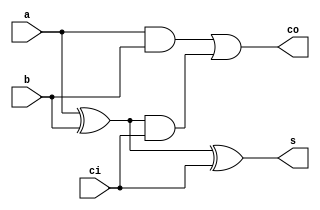
//Soma e Subtracao selecionavel
//Wadson Ferreira
//460631 

module S1(output s, output co, input ci,input a, input b);
	wire xora,anda,andb;
	xor X1(xora,a,b);
	and A1(anda,a,b);
	xor X2(s,xora,ci);
	and A2(andb,xora,ci);
	or  O1(co,anda,andb);
endmodule

module SomaSub(output[2:0] s, output co, input ci, input[2:0] a, input[2:0] b);
	wire co0,co1;
	wire xora, xorb, xorc;
	xor X1(xora,ci,b[0]);
	xor X2(xorb,ci,b[1]);
	xor X3(xorc,ci,b[2]);
	S1 SA(s[0],co0,ci,a[0],xora);
	S1 SB(s[1],co1,co0,a[1],xorb);
	S1 SC(s[2],co,co1,a[2],xorc);
endmodule

module teste;
	wire[2:0] saida;
	reg[2:0] entradaA, entradaB;
	reg operacao;//carry in do primeiro
	SomaSub SS(saida,co,operacao,entradaA,entradaB);
	initial begin
		$display("0=Soma 1=Subtracao");
		#1 entradaA=3'b000; entradaB=3'b000; operacao=1'b0;
		#1 $monitor("A=%3b B=%3b C=%b S=%3b",entradaA,entradaB,operacao,saida);
		#1 entradaA=3'b000; entradaB=3'b010; operacao=1'b0;
		#1 entradaA=3'b011; entradaB=3'b001; operacao=1'b0;
		#1 entradaA=3'b111; entradaB=3'b001; operacao=1'b0;
		#1 entradaA=3'b111; entradaB=3'b111; operacao=1'b0;
		#1 entradaA=3'b000; entradaB=3'b001; operacao=1'b1;
		#1 entradaA=3'b111; entradaB=3'b001; operacao=1'b1;
		#1 entradaA=3'b111; entradaB=3'b111; operacao=1'b1;
		#1 entradaA=3'b011; entradaB=3'b001; operacao=1'b1;
		#1 entradaA=3'b010; entradaB=3'b010; operacao=1'b1;
	end
endmodule